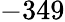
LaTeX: -349